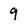
Character: 9